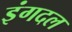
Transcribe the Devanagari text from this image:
इंगदल